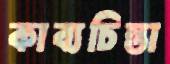
কাব্যচিন্তা